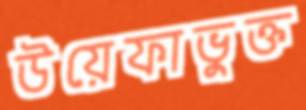
উয়েফাভুক্ত